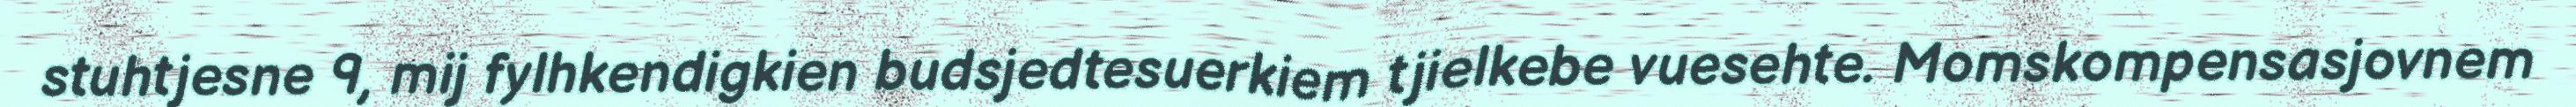
stuhtjesne 9, mij fylhkendigkien budsjedtesuerkiem tjielkebe vuesehte. Momskompensasjovnem